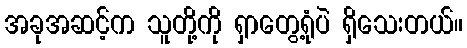
အခုအဆင့်က သူတို့ကို ရှာတွေ့ရုံပဲ ရှိသေးတယ်။